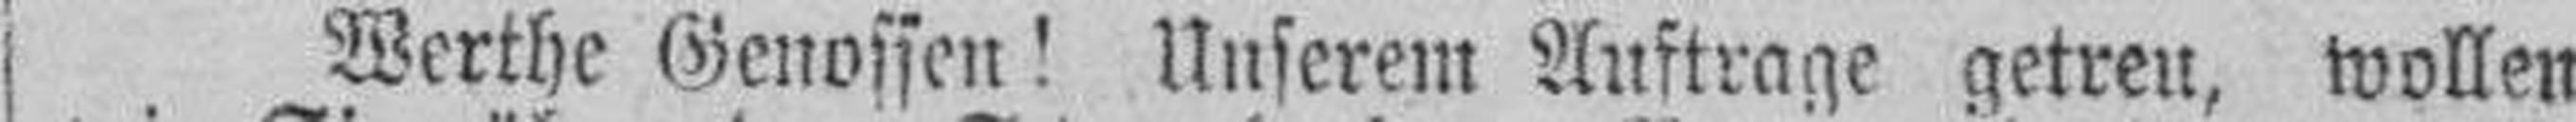
Werthe Genossen! Unserem Auftrage getreu, wollen